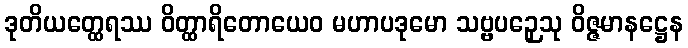
ဒုတိယတ္ထေရဿ ဝိတ္ထာရိတောယေဝ မဟာပဒုမော သဗ္ဗပဉှေသု ဝိဇ္ဇမာနဋ္ဌေန